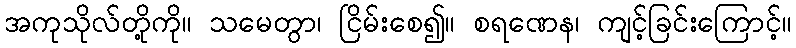
အကုသိုလ်တို့ကို။ သမေတွာ၊ ငြိမ်းစေ၍။ စရဏေန၊ ကျင့်ခြင်းကြောင့်။